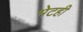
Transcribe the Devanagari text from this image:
भेटही